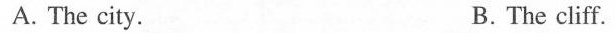
A. The city. B. The cliff.